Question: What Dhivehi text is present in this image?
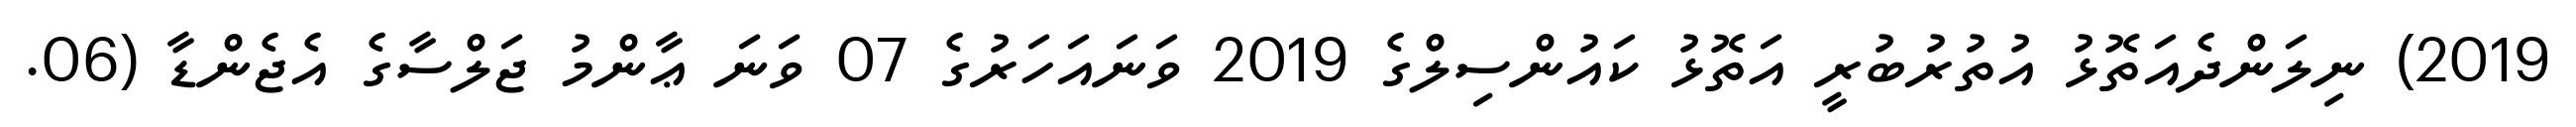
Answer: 2019) ނިލަންދެއަތޮޅު އުތުރުބުރީ އަތޮޅު ކައުންސިލްގެ 2019 ވަނައަހަރުގެ 07 ވަނަ ޢާންމު ޖަލްސާގެ އެޖެންޑާ (06.